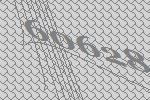
60628